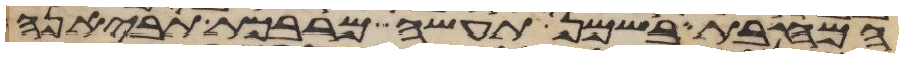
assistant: המחבת בשמן תעשה מרבכת תביאנה